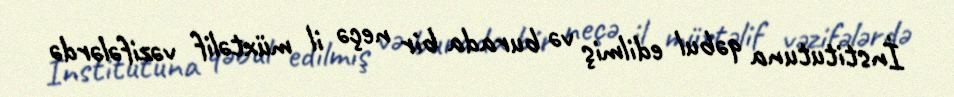
İnstitutuna qəbul edilmiş və burada bir neçə il müxtəlif vəzifələrdə